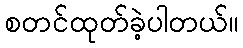
စတင်ထုတ်ခဲ့ပါတယ်။